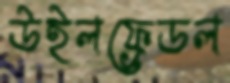
উইলফ্রেডল